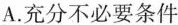
A.充分不必要条件